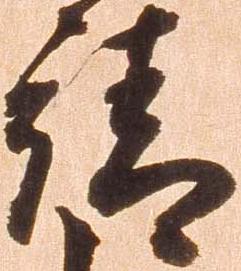
請